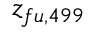
z _ { f u , 4 9 9 }